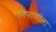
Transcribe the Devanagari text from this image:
निपाणीला